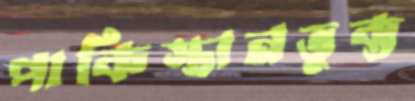
পাকিস্তানভুক্ত